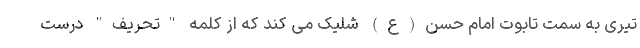
تیری به سمت تابوت امام حسن(ع) شلیک می کند که از کلمه "تحریف" درست